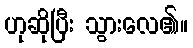
ဟုဆိုပြီး သွားလေ၏။